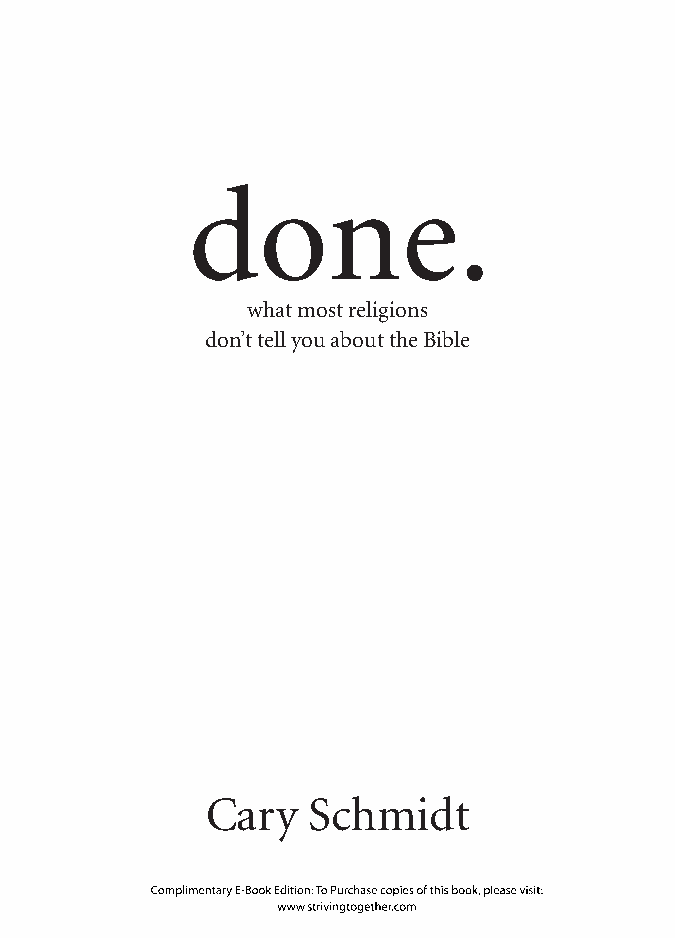
done.
 what most religions
 don’t tell you about the Bible
 Cary  Schmidt
 Complimentary E-Book Edition: To Purchase copies of this book, please visit:
 www.strivingtogether.com